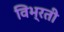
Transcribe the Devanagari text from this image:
विभ्रती